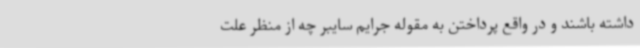
داشته باشند و در واقع پرداختن به مقوله جرایم سایبر چه از منظر علت